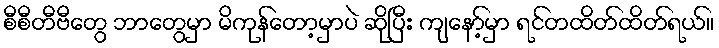
စီစီတီဗီတွေ ဘာတွေမှာ မိကုန်တော့မှာပဲ ဆိုပြီး ကျနော့်မှာ ရင်တထိတ်ထိတ်ရယ်။